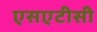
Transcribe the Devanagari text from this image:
एसएटीसी